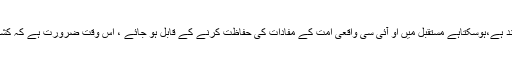
ایک سوال کے جواب میں انہوں نے کہاکہ اوآئی سی کا برائے نام وجود بھی اُمت کے لیے فائدہ مند ہے،ہوسکتاہے مستقبل میں او آئی سی واقعی امت کے مفادات کی حفاظت کرنے کے قابل ہو جائے ، اس وقت ضرورت ہے کہ کشمیر کے مسئلہ پر او آئی سی کا اجلاس اسلام آباد میں بلایا اور ایک مشترکہ لائحہ عمل دیا جائے ۔